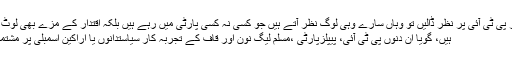
اب اگر پی ٹی آئی پر نظر ڈالیں تو وہاں سارے وہی لوگ نظر آتے ہیں جو کسی نہ کسی پارٹی میں رہے ہیں بلکہ اقتدار کے مزے بھی لوٹ چکے
ہیں، گویا ان دنوں پی ٹی آئی، پیپلزپارٹی ،مسلم لیگ نون اور قاف کے تجربہ کار سیاستدانوں یا اراکین اسمبلی پر مشتمل ہے۔